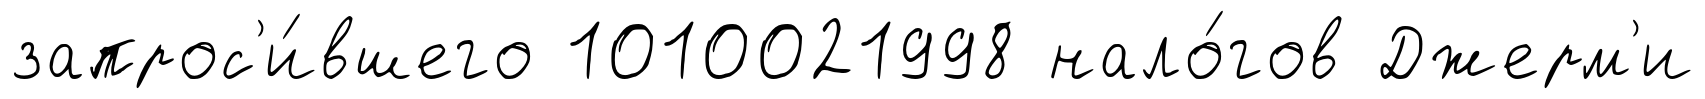
запрос'и́вшего 1010021998 нало́гов Джерм'и